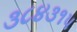
૩૮૪૩૧૫